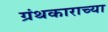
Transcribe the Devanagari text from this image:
ग्रंथकाराच्या